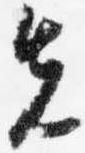
先